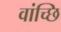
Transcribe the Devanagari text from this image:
वांच्छि